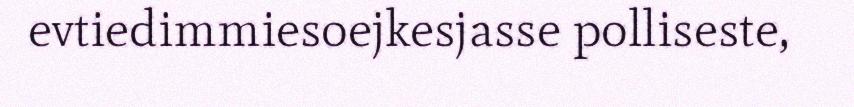
evtiedimmiesoejkesjasse polliseste,